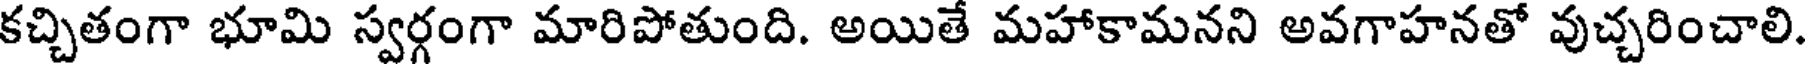
కచ్చితంగా భూమి స్వర్గంగా మారిపోతుంది. అయితే మహాకామనని అవగాహనతో వుచ్చరించాలి.